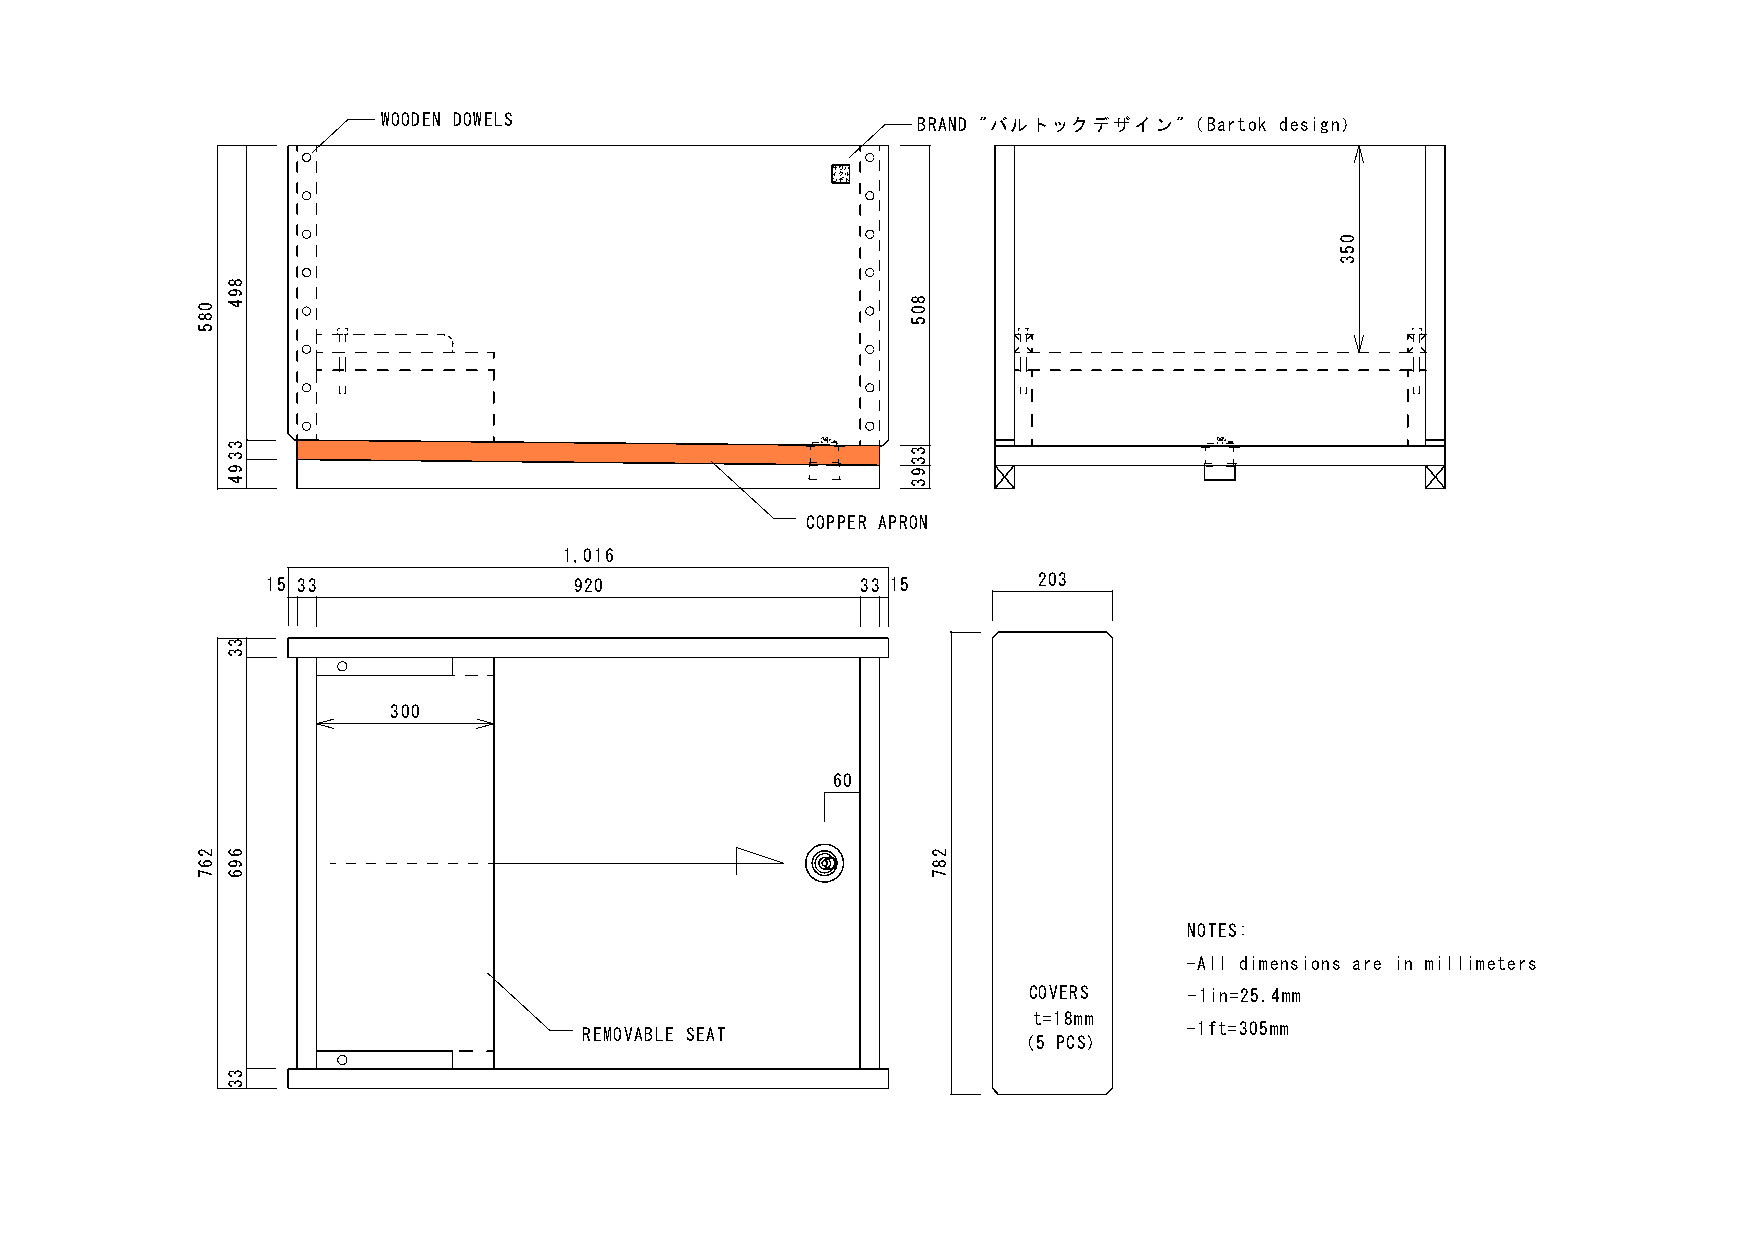
WOODEN DOWELS                       BRAND "バルトックデザイン"（Bartok design）
 ザインツクデバルト
 COPPER APRON
 1,016
 15 33               920                33 15       203
 300
 60
 NOTES:
 -All dimensions are in millimeters
 COVERS     -1in=25.4mm
 t=18mm
 -1ft=305mm
 REMOVABLE SEAT
 (5 PCS)
 085
 267
 894
 3394
 33
 696
 33
 805
 3393
 287
 053